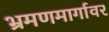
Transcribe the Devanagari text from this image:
भ्रमणमार्गावर